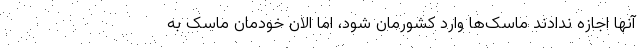
آنها اجازه ندادند ماسک‌ها وارد کشورمان شود، اما الان خودمان ماسک به